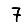
Digit: 7